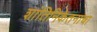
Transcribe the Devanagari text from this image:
शांतिनिकेतनाचा